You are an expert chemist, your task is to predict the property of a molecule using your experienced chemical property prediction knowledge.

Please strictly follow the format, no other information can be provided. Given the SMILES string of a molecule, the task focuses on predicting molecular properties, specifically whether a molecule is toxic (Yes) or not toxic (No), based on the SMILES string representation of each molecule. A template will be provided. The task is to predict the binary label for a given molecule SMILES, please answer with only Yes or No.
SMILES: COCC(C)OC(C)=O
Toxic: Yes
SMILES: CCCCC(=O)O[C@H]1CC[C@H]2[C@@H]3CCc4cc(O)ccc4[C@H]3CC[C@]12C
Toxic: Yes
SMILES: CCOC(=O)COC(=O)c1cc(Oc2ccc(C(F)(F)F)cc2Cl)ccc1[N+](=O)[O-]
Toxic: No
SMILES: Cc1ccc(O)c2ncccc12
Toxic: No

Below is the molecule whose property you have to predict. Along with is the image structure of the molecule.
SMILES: C=CCN(CC=C)CC=C
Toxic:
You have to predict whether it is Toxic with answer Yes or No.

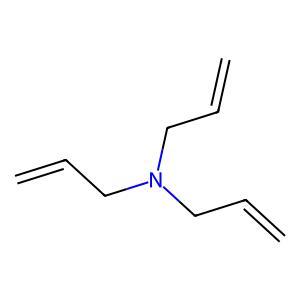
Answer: No